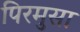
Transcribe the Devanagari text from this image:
पिरमुसा